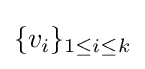
\{v_{i}\}_{1\leq i\leq k}